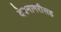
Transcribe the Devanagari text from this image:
देवनागरीसह